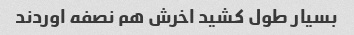
بسیار طول کشید اخرش هم نصفه اوردند